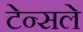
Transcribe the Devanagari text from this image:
टेन्सले